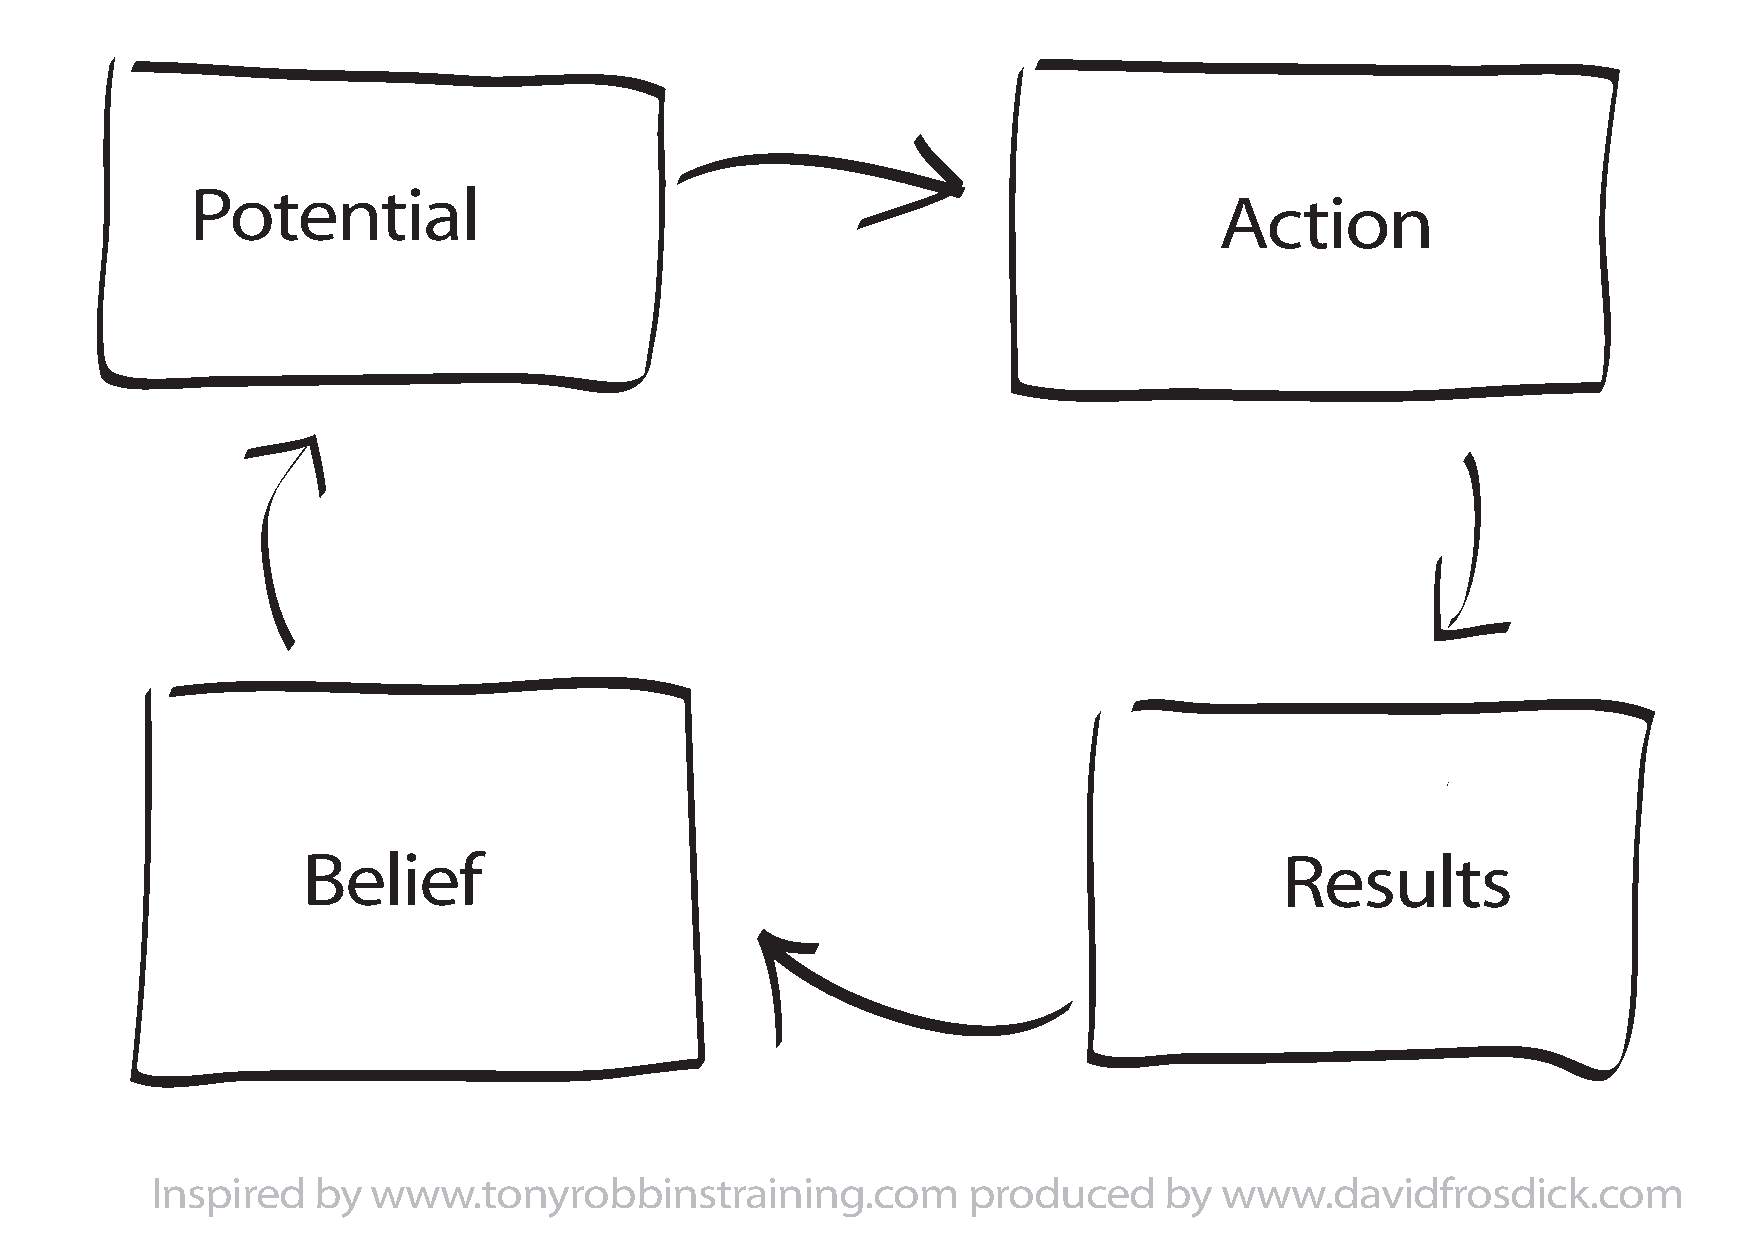
Potential
 Action
 Belief                                                           Results
 Inspired   by  www.tonyrobbinstraining.com            produced     by  www.davidfrosdick.com